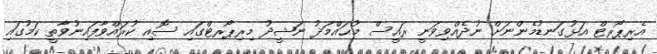
އެރިޕޯރޓް އަޅުގަނޑުމެންނަށް ނުދެއްވިވަނީ ރައީސް މުޙައްމަދު ނަޝީދު މިރިޕޯރޓްގައި ސޮއި ކުރައްވާފައިނުވާތީ ކަމުގައި